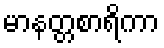
မာနတ္တစာရိကာ